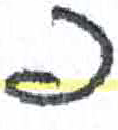
אות: פ